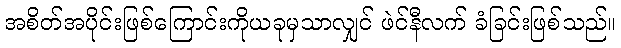
အစိတ်အပိုင်းဖြစ်ကြောင်းကိုယခုမှသာလျှင် ဖဲင်နီလက် ခံခြင်းဖြစ်သည်။